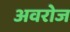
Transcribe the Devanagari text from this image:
अवरोज